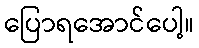
ပြောရအောင်ပေါ့။